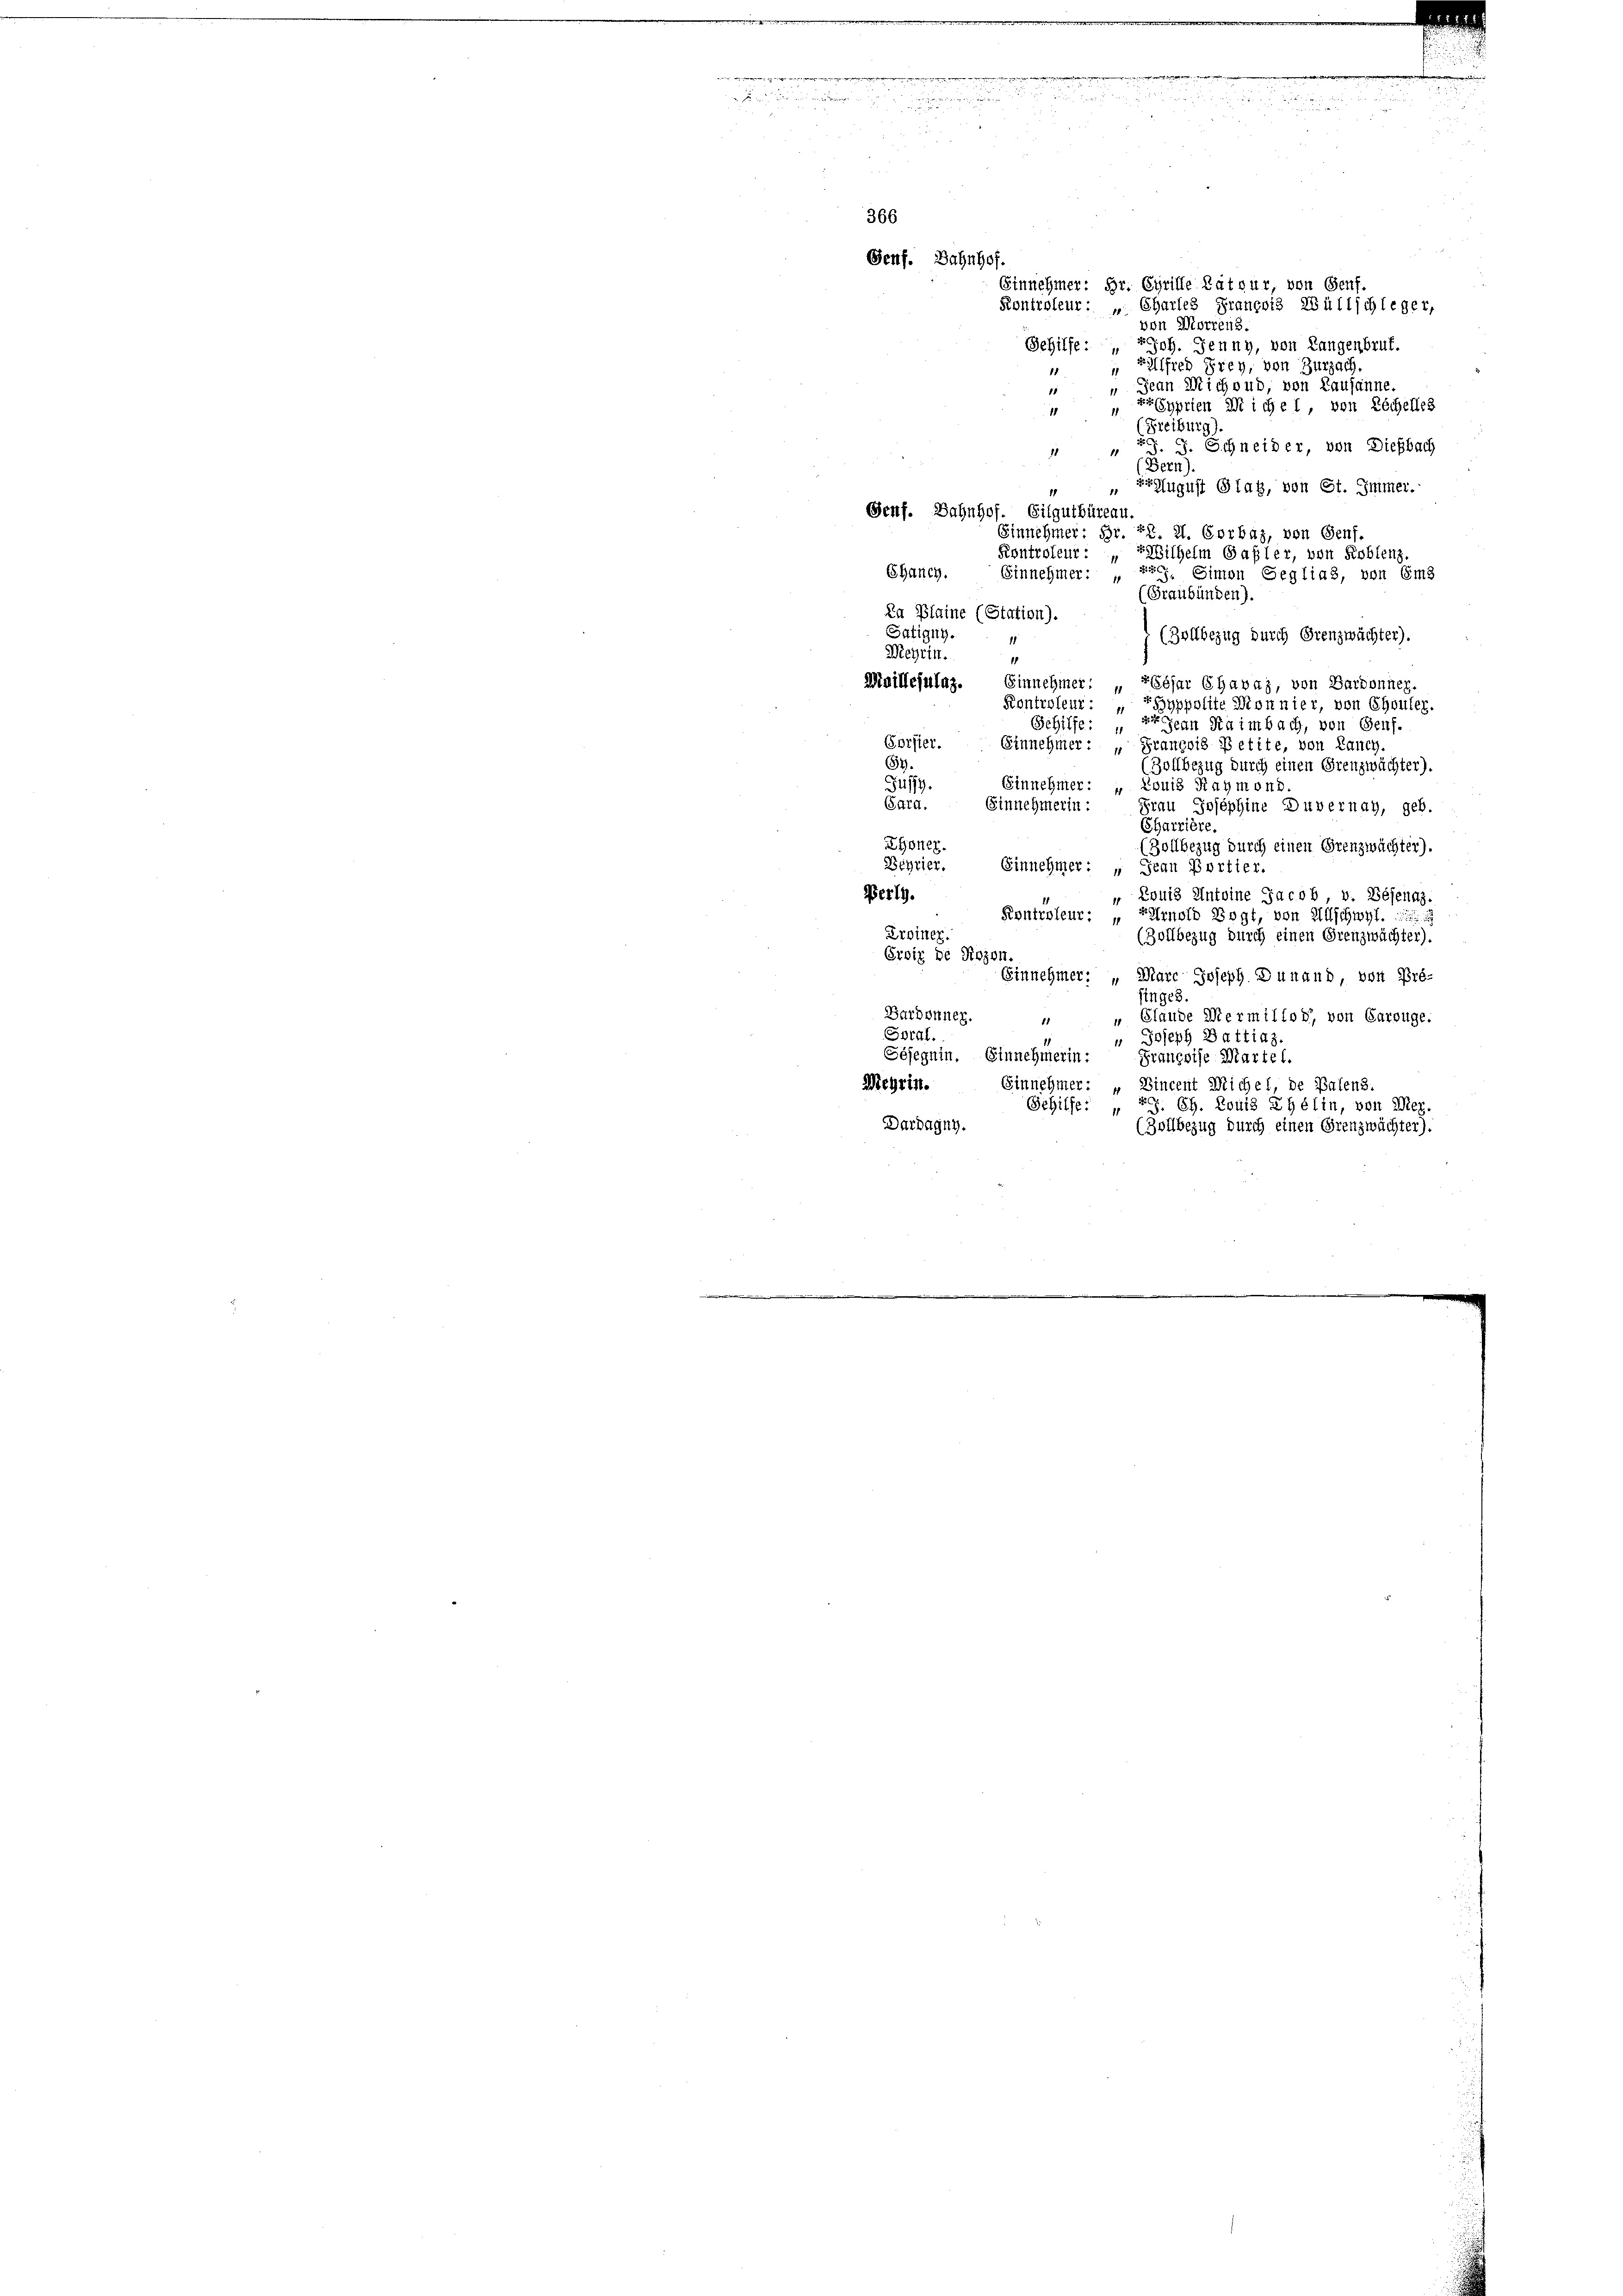
4

366
Genf. Bahnhof.

.

Einnehmer: Hr. Cyrille Rätvur, von Genf.
Kontroleur: „Charles François Wüllschleger,
von Morrens.
Gehilfe: Joh. Jenny, von Langenbruf.
Bfred Frey, von Zurzach.
1
 „ Jean Michoud, von Lausanne.
yprien Wiche 1, von Löchelles
1
(Freiburg).
J. J. Schneider, von Diesbach
11
1
(Bern).
August Glag, von St. Immer.
Genf. Bahnhof. Eilgutbüreau.
Einnehmer: Gr. PR. 21. Corbas, von Genf.
Kontroleur: Wilhelm Gasler, von Koblenz,
Shauch. Einnehmer: „ xx. Simon Geglia, von Em
(Graubünden).
Ra Plaine (Station).
Satigny,
(Zollbezug durch Grenzwächter).
Meyrin.
1
Maillefulaz. Einnehmer: „Ebfar Chavaz, von Sardonneg.
Hyppolite Bonnier, von Chouler.
Kontroleur:
g Jean Raimbach, von Genf.
Behilfe:
Gorster.
Einnehmer: „Grancois Petite, von Laney.
57.
Zollbezug durch einen Grenzwächter).
3479.
Einnehmer: „Louis Raymond
Cara. Einnehmerin:
Frau Josephine Duvernay, geb.
CHarrière.
Lyoner.
(Zollbezug durch einen Grenzwächter).
Schrier. Einnehmer: „Jean Portier.
Perly.
 Louis Antoine Jacob, v. Béjenaz.
Kontroleur:
Arnold Vogt, von Allschwyl.
roiner.
(Zollbezug durch einen Grenzwächter).
Eroix de Rozon.
Einnehmer: „Marc Joseph. Dunand, von Pré-
finges.
Stande Mermillon, von Carouge.
Barbonner.
Soral.
" Joseph Battiaz.
Sesegnin. Einnehmerin:
Franzsise Martel.
Meyrin. Einnehmer: „Bincent Michel, de Balens.
Gehilfe: „ 49. Ch. Louis Phélin, von Mez.
Dardagny.
(Zollbezug durch einen Grenzwächter).